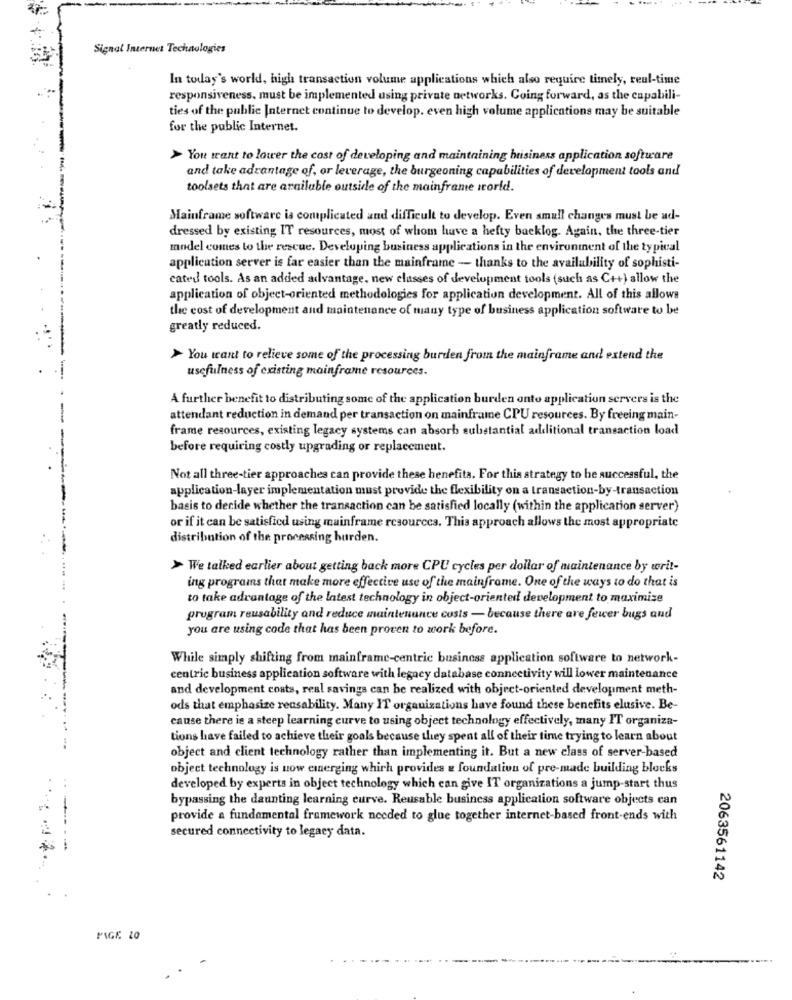
Signal Internet Technologies
In today's world, high transaction volume applications which also require timely, reul-time
responsiveness. must be implemented using private networks. Going forward, as the capabili-
ties of the public Internet continue to develop. even high volume applications may be suitable
for the public Internet.
> You want to lower the cost of developing and maintaining buisiness application software
and take advantage of, or leverage, the burgeoning capabilities of development tools and
toolsets that are arailable outside of the mainframe world.
Mainframe software is complicated and difficult to develop. Even small changes must be ad-
dressed by existing IT resources, most of whom have a hefty backlog. Again, the three-tier
model comes to the rescue. Developing business applications in the environment of the typical
application server is far easier than the mainframe - thanks to the availability of sophisti-
cated tools. As an added advantage, new classes of development tools (such as C++) allow the
..
application of object-oriented methodologies for application development. All of this allows
the cost of development and maintenance of many type of business application software to be
greatly reduced.
> You want to relieve some of the processing burden from the mainframe and extend the
usefulness of existing mainframe resources.
A further benefit to distributing some of the application burden onto application servers is the
attendant reduction in demand per transaction on mainframe CPU resources. By freeing main-
frame resources, existing legacy systems can absorb substantial additional transaction load
before requiring costly upgrading or replacement.
Not all three-tier approaches can provide these benefits. For this strategy to be successful, the
application-layer implementation must provide the flexibility on a transaction-by-transaction
basis to decide whether the transaction can be satisfied locally (within the application server)
or if it can be satisfied using mainframe resources. This approach allows the most appropriate
distribution of the processing hurden.
> We talked earlier about getting back more CPU cycles per dollar of maintenance by writ-
ing programs that make more effective use of the mainframe. One of the ways to do that is
to take advantage of the latest technology in object-oriented development to maximize
program reusability and reduce maintenance costs - because there are fewer bugs and
you are using code that has been proven to work before.
While simply shifting from mainframe-centric business application software to network-
centric business application software with legacy database connectivity will lower maintenance
and development costs, real savings can be realized with object-oriented development meth-
ods that emphasize reusability. Many IT organizations have found these benefits elusive. Be-
cause there is a steep learning curve to using object technology effectively, many IT organiza-
tions have failed to achieve their goals because they spent all of their time trying to learn about
object and client technology rather than implementing it. But a new class of server-based
object technology is now emerging which provides & foundation of pre-made building blocks
developed by experts in object technology which can give IT organizations a jump-start thus
bypassing the daunting learning curve. Reusable business application software objects can
provide a fundamental framework needed to glue together internet-based front-ends with
secured connectivity to legacy data.
2063561142
PAGE 10